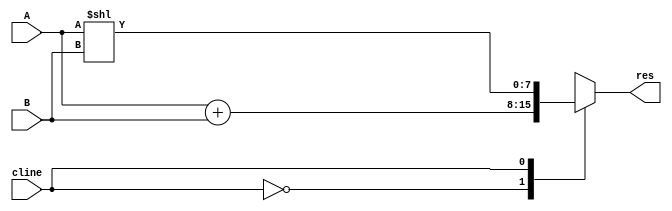
//ALU DESIGN FOR THE EXECUTION UNIT
// acts on 2 32 bit inputs and controlled by ALU_operation signal
// can perform 'ADD' and 'SLL' operations

module ALU_design(A,B,cline,res);
	input signed[7:0] A,B;
	input cline;
	output reg[7:0] res;	
	always@(*)
	begin
		case(cline)
		1'b0: res=A + B; //(bitwise ADD)
		1'b1: res=A << B; //(sll by value in B)
		endcase
	end
endmodule